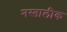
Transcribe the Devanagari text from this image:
नस्तालीक